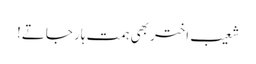
شعیب اختر بھی ہمت ہار جاتے!